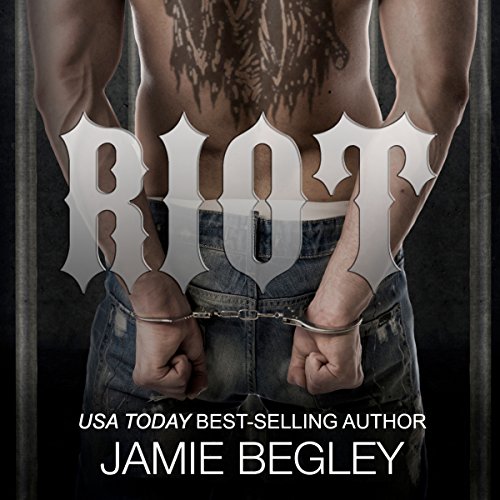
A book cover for Riot: Predators MC, Book 1; Jamie Begley; Romance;